Vital statistics of India. Vol. V, Reports of 1876 on armies & jails and on epidemic cholera
Year: 1876
Disease focus: Cholera
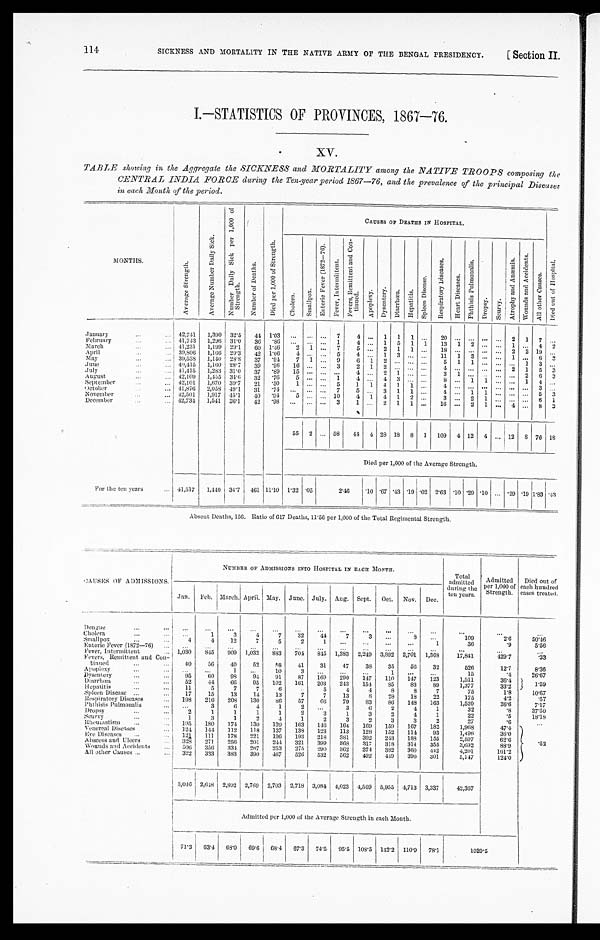
SICKNESS AND MORTALITY IN THE NATIVE ARMY OF THE BENGAL PRESIDENCY.
[ Section II.
I.—STATISTICS OF PROVINCES, 1867—76.
TABLE showing in the Aggregate the SICKNESS and MORTALITY among the NATIVE TROOPS composing the
CENTRAL INDIA FORCE during the Ten-year period 1867—76, and the prevalence of the principal Diseases
in each Month of the period.
MONTHS.
A v e r a g e S t r e n g t h .
A v e r a g e N u m b e r D a i l y S i c k .
N u m b e r D a i l y S i c k p e r 1 , 0 0 0 o f S t r e n g t h .
N u m b e r o f D e a t h s .
D i e d p e r 1 , 0 0 0 o f S t r e n g t h .
CAUSES OF DEATHS IN HOSPITAL.
C h o l e r a .
S m a l l p o x .
E n t e r i c F e v e r ( 1 8 7 2 - 7 6 ) .
F e v e r , I n t e r m i t t e n t .
F e v e r s , R e m i t t e n t a n d c o n - t i n u e d .
A p o p l e x y .
D y s e n t e r y .
D i a r r h œ a .
H e p a t i t i s .
S p l e e n D i s e a s e .
R e s p i r a t o r y D i s e a s e s .
H e a r t D i s e a s e s .
P h t h i s i s P u l m o n a l i s .
D r o p s y .
S c u r v y .
A t r o p h y a n d A n æ m i a .
W o u n d s a n d A c c i d e n t s .
A l l o t h e r C a u s e s .
D i e d o u t o f H o s p i t a l .
January . . .
42,741
1,390 32.5
44 1.03
. . .
. . . . . .
7
4
. . .
1 1 1
. . .
20
. . . . . .
. . .
. . .
2 1 7
. . .
36 .86
. . .
. . . . . .
1
4
. . . 1 5 1 1
13 1 2
. . .
. . . 1 . . . 4 2
41,743 1,296 31.0
February . . .
41,231
1,199 29.1
60
1 . 4 6
2 1 . . .
7
5
. . . 2 1 1
. . . 18
. . .
. . .
. . .
. . . 2 2 19
. . .
March . . .
39,806 1,166 29.3
42 1.06
4
. . . . . .
5
4
. . . 1 3
. . .
. . . 11 1 3
. . .
. . . 1 . . . 6
3
April . . .
1,140 28.8
37 .94
7 1
. . . 9
6 1 2
. . .
. . .
. . .
5 1 1
. . .
. . .
. . . 1 3
. . .
39,538
May . . .
1,160 28.7
39 .96 16
. . . . . . 3
2
1
2
. . .
. . .
. . .
4
. . . . . .
. . .
. . . 2 1
5
3
40,415
June . . .
31.0 37 .89
15
. . . . . .
. . .
4
. . . 2 1
. . .
. . .
3 1
. . .
. . . . . .
. . . 2 6 3
1,283
July
. . . . . .
41,415
1,455 34.6 32 .76
5
. . .
. . . 1
4
. . .
4
3
. . .
. . .
8
. . . 1
1
. . . . . . 1 4
. . .
42,109
August . . .
42,101
1,670 39.7
21 .50
1
. . . . . . 5
1
1 4 1 1
. . .
4
. . . . . .
. . .
. . . . . . . . .
3
. . .
September . . .
41,876 2,058 49.1
31 .74
. . .
. . . . . .
7
5
. . . 3 1 1
. . .
4
. . . 1
1
. . . . . . . . .
5
3
October . . .
42,501
1,917 45.1
40 .94
5
. . . . . . 10
4 1 4 1 2
. . .
3
. . . 2 1
. . . . . . . . .
6
1
November . . .
1,541 36.1
42 .98
. . .
. . . . . . 3
1
. . . 2 1 1
. . . 16
. . . 2 1
. . . 4 . . . 8 3
42,734
December . . .
55
2
. . . 58
44 4 28 18 8 1 109 4 12 4
. . . 12
8
76
1 8
Died per 1,000 of the Average Strength.
For the ten years . . .
41,517
1,440 34.7 461 11.10 1.32 .05
2. 46
.10 .67 .43 .19 .02 2.63 .10 .29 .10
. . . .29 .19 1.83 .43
Absent Deaths, 156. Ratio of 617 Deaths, 11.56 per 1,000 of the Total Regimental Strength.
CAUSES OF ADMISSIONS.
NUMBER OF ADMISSIONS INTO HOSPITAL IN EACH MONTH.
Total
admitted
during the
ten years.
Admitted
per 1,000 of
Strength.
Died out of
each hundred
cases treated.
Jan. Feb. March. April. May. June. July. Aug. Sept. Oct. Nov. Dec.
Dengue . . .
. . .
. . .
. . .
. . .
. . .
. . .
. . .
. . .
. . .
. . .
. . .
. . .
. . .
. . .
. . .
32
44
7
3
. . .
8
. . .
109
2.6
50. 46
Cholera . . .
. . .
1
3
4
7
Small pox . . .
4
4
12
7
5
2
1
. . .
. . .
. . .
. . .
1
36
.9
5.56
Enteric Fever (1872—76) . . .
. . .
. . .
. . .
. . .
. . .
. . .
. . .
. . .
. . .
. . .
. . .
. . .
. . .
. . .
. . .
845
909 1,032
883
704
845 1,383 2,249 3,892 2,701 1,368
17,841
429'7
'33
1,030
Fever, Intermittent . . .
Fevers, Remittent and Con
-tinued . . .
40
56
40
52
58
41
31
47
38
35
56
32
526
12.7
8.36
Apoplexy . . .
. . .
. . .
1
. . .
10
3
. . .
. . .
. . .
1
. . .
. . .
15
. 4
26.67
87
169
290
147
110
147
123
1,511
36.4
1.59
Dysenery . . .
95
60
98
94
91
Diarrhœa . . .
52
44
66
95
102
161
203
243
154
85
83
8 9
1,377
33.2
Hepatitis . . .
11
5
7
7
6
. . .
5
4
4
8
8
7
75
1.8
10. 67
Spleen Disease . . .
17
15
13
14
13
7
7
13
8
28
18
22
175
4.2
.57
Respiratory Diseases . .
198
216
208 130
86
57
66
79
83
86
148
163
1,520
36.6
7.17
.Phthisis Pulmonalis . . .
. . .
3
6
4
1
2
. . .
3
6
2
4
1
32
.8
37.50
Dropsy . . .
2
1
1
1
1
2
3
1
3
2
4
1
22
.5
18.18
3
1
2
4
1
2
3
2
3
3
2
27
. 6
. . .
Scurvy . . .
1
130
139 163
146 164
169
159
167
182
1,968
47.4
.52
Rheumatism . . .
195
180
174
1,496
Venereal Diseases
124
144
112
118
137
138
123
113
128
152
114
93
36.0
Eye Diseases . . .
121 111
178
221
196
193
218
381
392
243
188
155
2,597
62.6
328
271
256
201
244
321
399
368
317
318
314
355
3,692
88.9
Abscess and Ulcer . . .
267
253
275
290
362
374
382
360
442
4,201
101.2
Wounds and Accidents . . .
506
356 334
467
526 532
562
492
449 390
301
5,147
124.0
390
All other Causes . . .
322
333
383
3,046 2,648 2,802 2,769 2,703 2,718 3,084 4,023 4,569 5,955 4,713 3,337
42,367
Admitted per 1,000 of the Average Strength in each Month.
71.3
63.4 68.0
69.6 68.4 67.3
74.5 95.5 108.5 142.2 110.9 78.1
1020.5
114